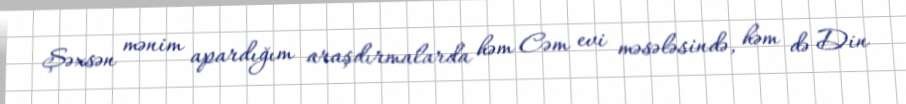
Şəxsən mənim apardığım araşdırmalarda həm Cəm evi məsələsində, həm də Din